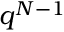
q ^ { N - 1 }